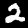
Digit: 2